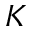
K